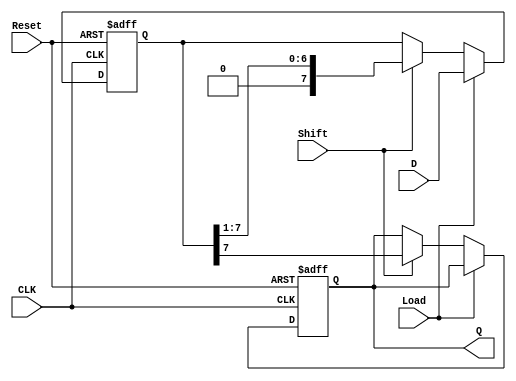
module PISO_Shift_Register #(
    parameter N = 8  // Define the number of bits in the register
)(
    input wire [N-1:0] D,     // Parallel data inputs
    input wire Shift,          // Shift control input
    input wire Load,           // Load control input
    input wire CLK,            // Clock input
    input wire Reset,          // Asynchronous reset
    output reg Q              // Serial output
);

    // Internal register to hold the shift register values
    reg [N-1:0] shift_reg;

    // Asynchronous reset and load/shift logic
    always @(posedge CLK or posedge Reset) begin
        if (Reset) begin
            shift_reg <= {N{1'b0}};  // Reset the shift register to 0
            Q <= 1'b0;               // Reset serial output
        end else begin
            if (Load) begin
                shift_reg <= D;      // Load data from parallel input
            end else if (Shift) begin
                Q <= shift_reg[N-1]; // Output the MSB
                shift_reg <= {1'b0, shift_reg[N-1:1]}; // Shift right
            end
        end
    end

endmodule